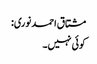
مشتاق احمد نوری:
کوئی نہیں۔